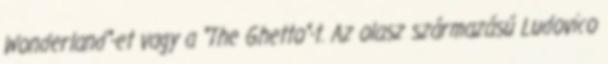
Wonderland"-et vagy a "The Ghetto"-t. Az olasz származású Ludovico